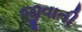
જીવાતી